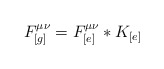
\begin{align*}F_{[g]}^{\mu\nu} = F_{[e]}^{\mu\nu} * K_{[e]}\end{align*}